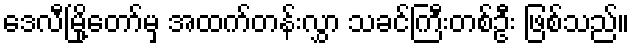
ဒေလီမြို့တော်မှ အထက်တန်းလွှာ သခင်ကြီးတစ်ဦး ဖြစ်သည်။